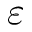
\varepsilon